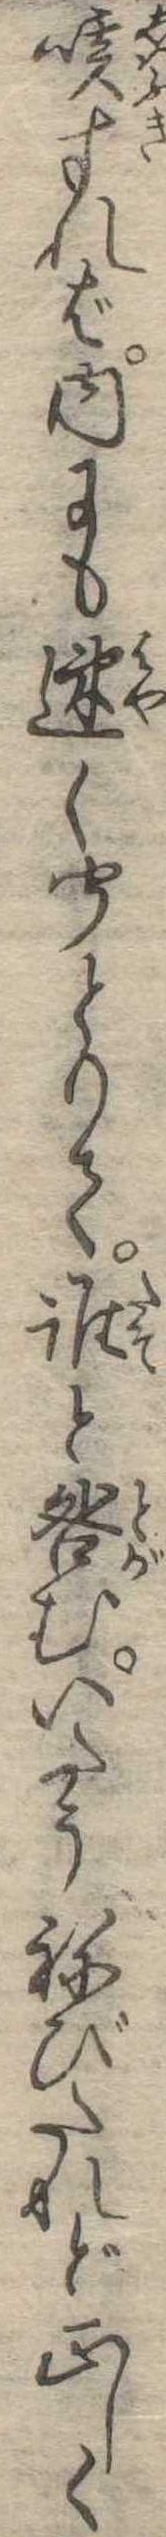
咳すれば内にも速く聞とりて誰と咎むいたうねびたれど正しく